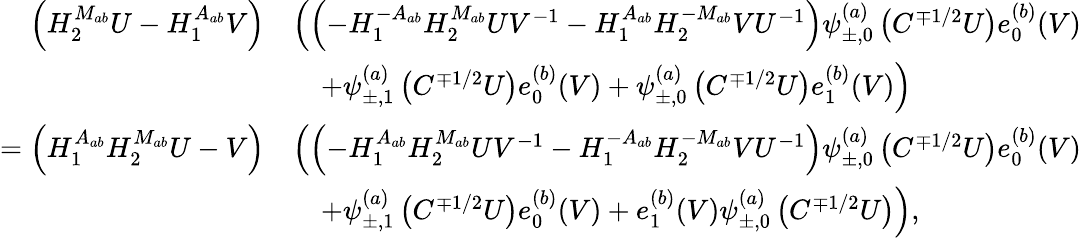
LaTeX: \begin{array}{rl}{\quad\left(H_{2}^{M_{ab}}U-H_{1}^{A_{ab}}V\right)}&{\left(\left(-H_{1}^{-A_{ab}}H_{2}^{M_{ab}}UV^{-1}-H_{1}^{A_{ab}}H_{2}^{-M_{ab}}VU^{-1}\right)\psi_{\pm,0}^{(a)}\left(C^{\mp 1/2}U\right)e_{0}^{(b)}(V)\right.}\\ &{\left.\quad+\psi_{\pm,1}^{(a)}\left(C^{\mp 1/2}U\right)e_{0}^{(b)}(V)+\psi_{\pm,0}^{(a)}\left(C^{\mp 1/2}U\right)e_{1}^{(b)}(V)\right)}\\ {=\left(H_{1}^{A_{ab}}H_{2}^{M_{ab}}U-V\right)}&{\left(\left(-H_{1}^{A_{ab}}H_{2}^{M_{ab}}UV^{-1}-H_{1}^{-A_{ab}}H_{2}^{-M_{ab}}VU^{-1}\right)\psi_{\pm,0}^{(a)}\left(C^{\mp 1/2}U\right)e_{0}^{(b)}(V)\right.}\\ &{\left.\quad+\psi_{\pm,1}^{(a)}\left(C^{\mp 1/2}U\right)e_{0}^{(b)}(V)+e_{1}^{(b)}(V)\psi_{\pm,0}^{(a)}\left(C^{\mp 1/2}U\right)\right),}\end{array}